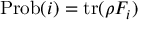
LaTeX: { \mathrm { P r o b } } ( i ) = \operatorname { t r } ( \rho F _ { i } )